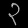
Digit: ၃